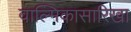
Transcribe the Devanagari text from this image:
वाल्मिकासारिखा